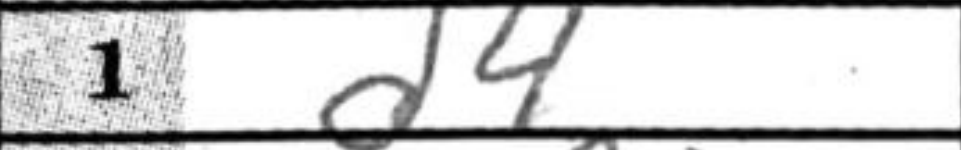
Transcription: d4